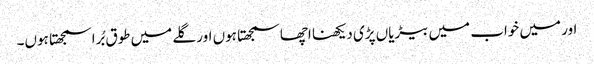
اور میں خواب میں بیڑیاں پڑی دیکھنا اچھا سمجھتا ہوں اور گلے میں طوق بُرا سمجھتا ہوں۔